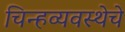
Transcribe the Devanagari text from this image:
चिन्हव्यवस्थेचे